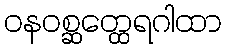
ဝနဝစ္ဆတ္ထေရဂါထာ